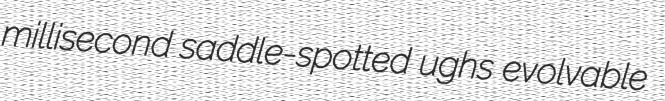
millisecond saddle-spotted ughs evolvable